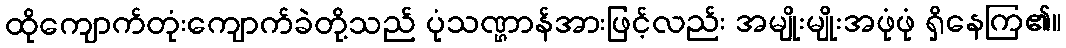
ထိုကျောက်တုံးကျောက်ခဲတို့သည် ပုံသဏ္ဌာန်အားဖြင့်လည်း အမျိုးမျိုးအဖုံဖုံ ရှိနေကြ၏။